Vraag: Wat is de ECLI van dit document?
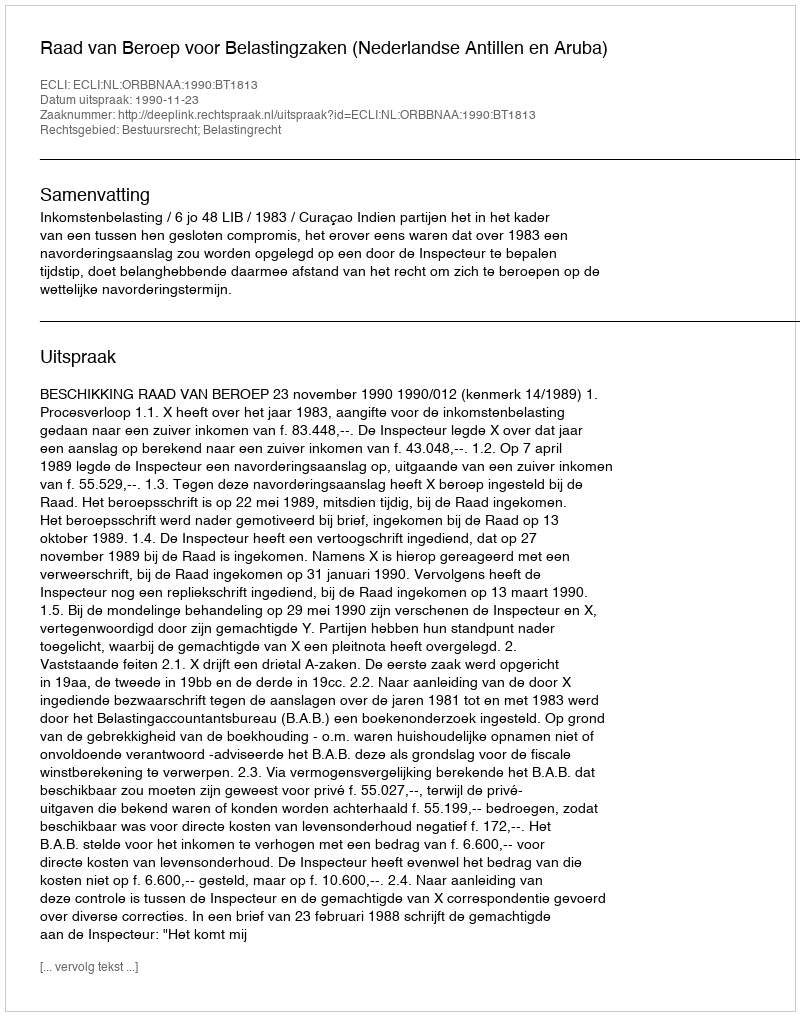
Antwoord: ECLI:NL:ORBBNAA:1990:BT1813